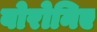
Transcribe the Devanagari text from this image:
बोरोनिए